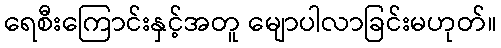
ရေစီးကြောင်းနှင့်အတူ မျောပါလာခြင်းမဟုတ်။